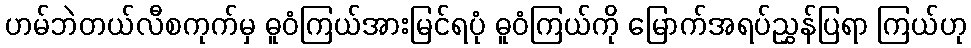
ဟမ်ဘဲတယ်လီစကုက်မှ ဓူဝံကြယ်အားမြင်ရပုံ ဓူဝံကြယ်ကို မြောက်အရပ်ညွှန်ပြရာ ကြယ်ဟု